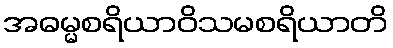
အဓမ္မစရိယာဝိသမစရိယာတိ